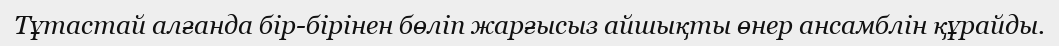
Тұтастай алғанда бір-бірінен бөліп жарғысыз айшықты өнер ансамблін құрайды.